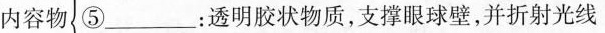
内容物⑤___：透明胶状物质，支撑眼球壁，并折射光线